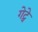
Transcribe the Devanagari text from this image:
गेट्वे